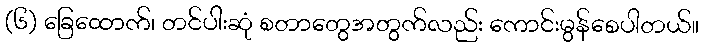
(၆) ခြေထောက်၊ တင်ပါးဆုံ စတာတွေအတွက်လည်း ကောင်းမွန်စေပါတယ်။